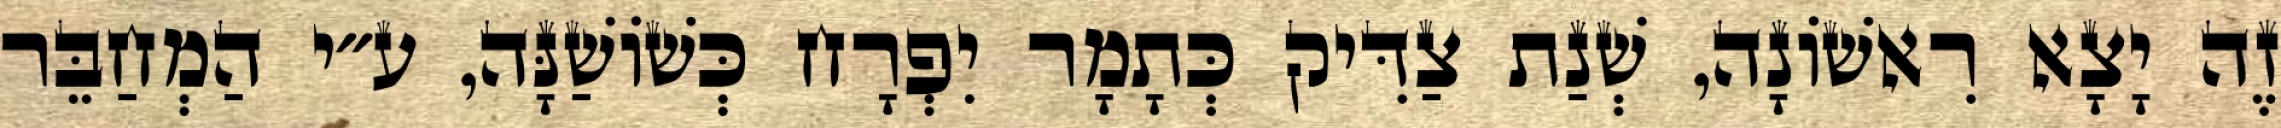
זֶה יָצָא רִאשׁוֹנָה, שְׁנַת צַדִּיק כְּתָמָר יִפְרָח כְּשׁוֹשַׁנָּה, ע״י הַמְחַבֵּר